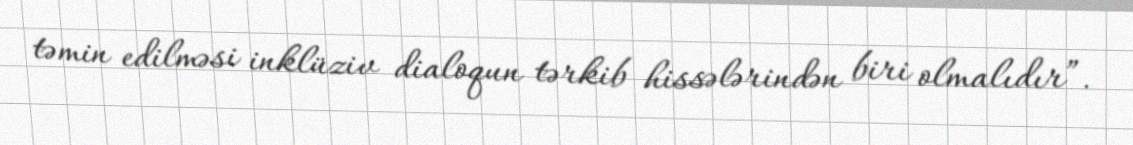
təmin edilməsi inklüziv dialoqun tərkib hissələrindən biri olmalıdır”.